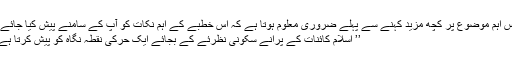
اس اہم موضوع پر کچھ مزید کہنے سے پہلے ضروری معلوم ہوتا ہے کہ اس خطبے کے اہم نکات کو آپ کے سامنے پیش کیا جائے،
’’ اسلام کائنات کے پرانے سکونی نظرئے کے بجائے ایک حرکی نقطہ نگاہ کو پیش کرتا ہے۔